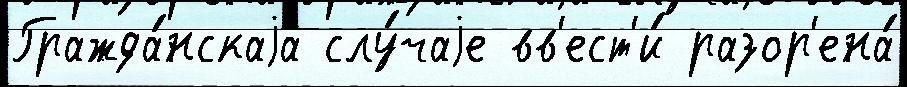
Гражда́нскаjа слу́чаjе вв'ест'и́ разор'ена́